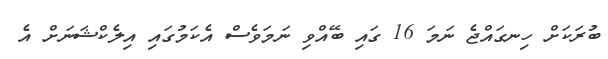
ބުރަކަށް ހިނގައްޖެ ނަމަ 16 ގައި ބޭއްވި ނަމަވެސް އެކަމުގައި އިލެކްޝަނަށް އެ